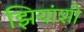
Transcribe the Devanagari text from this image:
झियांशी